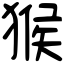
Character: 猴